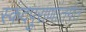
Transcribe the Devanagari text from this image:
स्कंदपुराणांतर्गत